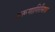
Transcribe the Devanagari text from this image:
अरूणागिरीनाथर